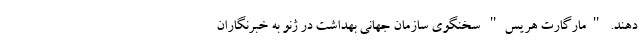
دهند. "مارگارت هریس" سخنگوی سازمان جهانی بهداشت در ژنو به خبرنگاران